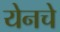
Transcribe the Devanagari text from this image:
येनचे